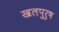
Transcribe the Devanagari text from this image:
खलपुरुष